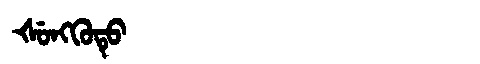
Manchu: ᡧᡠᠩᡴᡠᡨᡠ
Romanization: ŠUNGKUTU